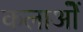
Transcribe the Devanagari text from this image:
कलाओें